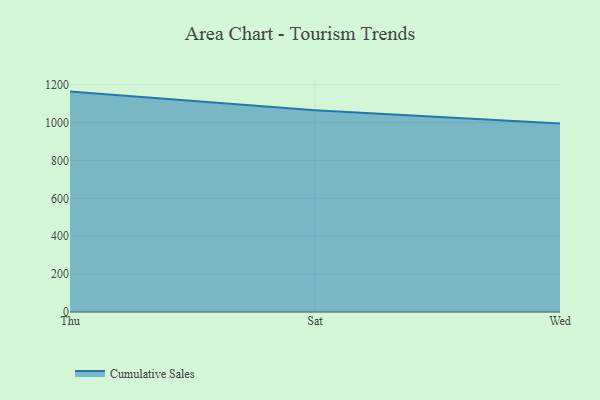
{"axis": {"x": "Day", "y": "Energy Usage (MWh)"}, "legend": ["Cumulative Sales"], "data": [{"x": "Thu", "y": 1163.5, "type": "Cumulative Sales"}, {"x": "Sat", "y": 1065.7, "type": "Cumulative Sales"}, {"x": "Wed", "y": 995.6, "type": "Cumulative Sales"}]}